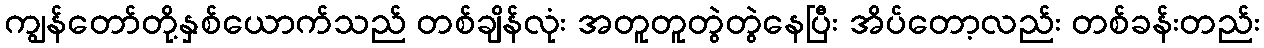
ကျွန်တော်တို့နှစ်ယောက်သည် တစ်ချိန်လုံး အတူတူတွဲတွဲနေပြီး အိပ်တော့လည်း တစ်ခန်းတည်း